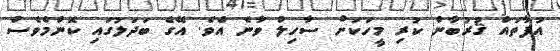
އުފާތައް ޤުރުބާން ކުރި މީހަކަށް ސާހިލް ވާނެ އެވެ. އޭގެ ބަދަލުގައި ކޮންމެވެސް